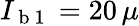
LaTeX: I_{\mathrm{~b~1~}}=20\, \mu